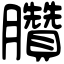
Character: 臢